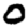
Digit: 0